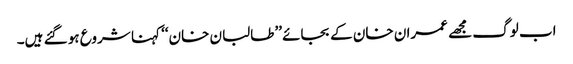
اب لوگ مجھے عمران خان کے بجائے ’’طالبان خان‘‘ کہنا شروع ہو گئے ہیں۔